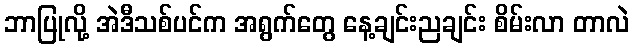
ဘာပြုလို့ အဲဒီသစ်ပင်က အရွက်တွေ နေ့ချင်းညချင်း စိမ်းလာ တာလဲ